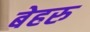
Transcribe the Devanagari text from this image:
बेहरु